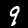
Label: 9